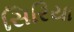
સિરિયા